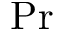
\mathrm { P r }